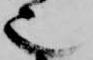
也